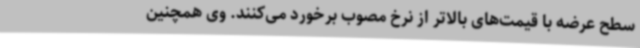
سطح عرضه با قیمت‌های بالاتر از نرخ مصوب برخورد می‌کنند. وی همچنین